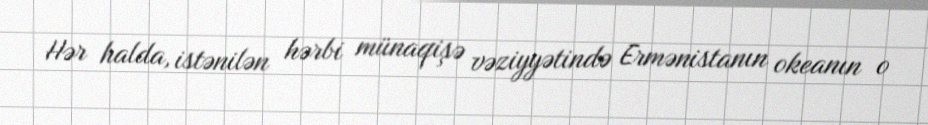
Hər halda, istənilən hərbi münaqişə vəziyyətində Ermənistanın okeanın o